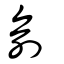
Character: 俞